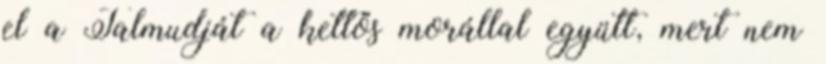
el a Talmudját a kettős morállal együtt, mert nem